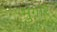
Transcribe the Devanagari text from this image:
मुगार